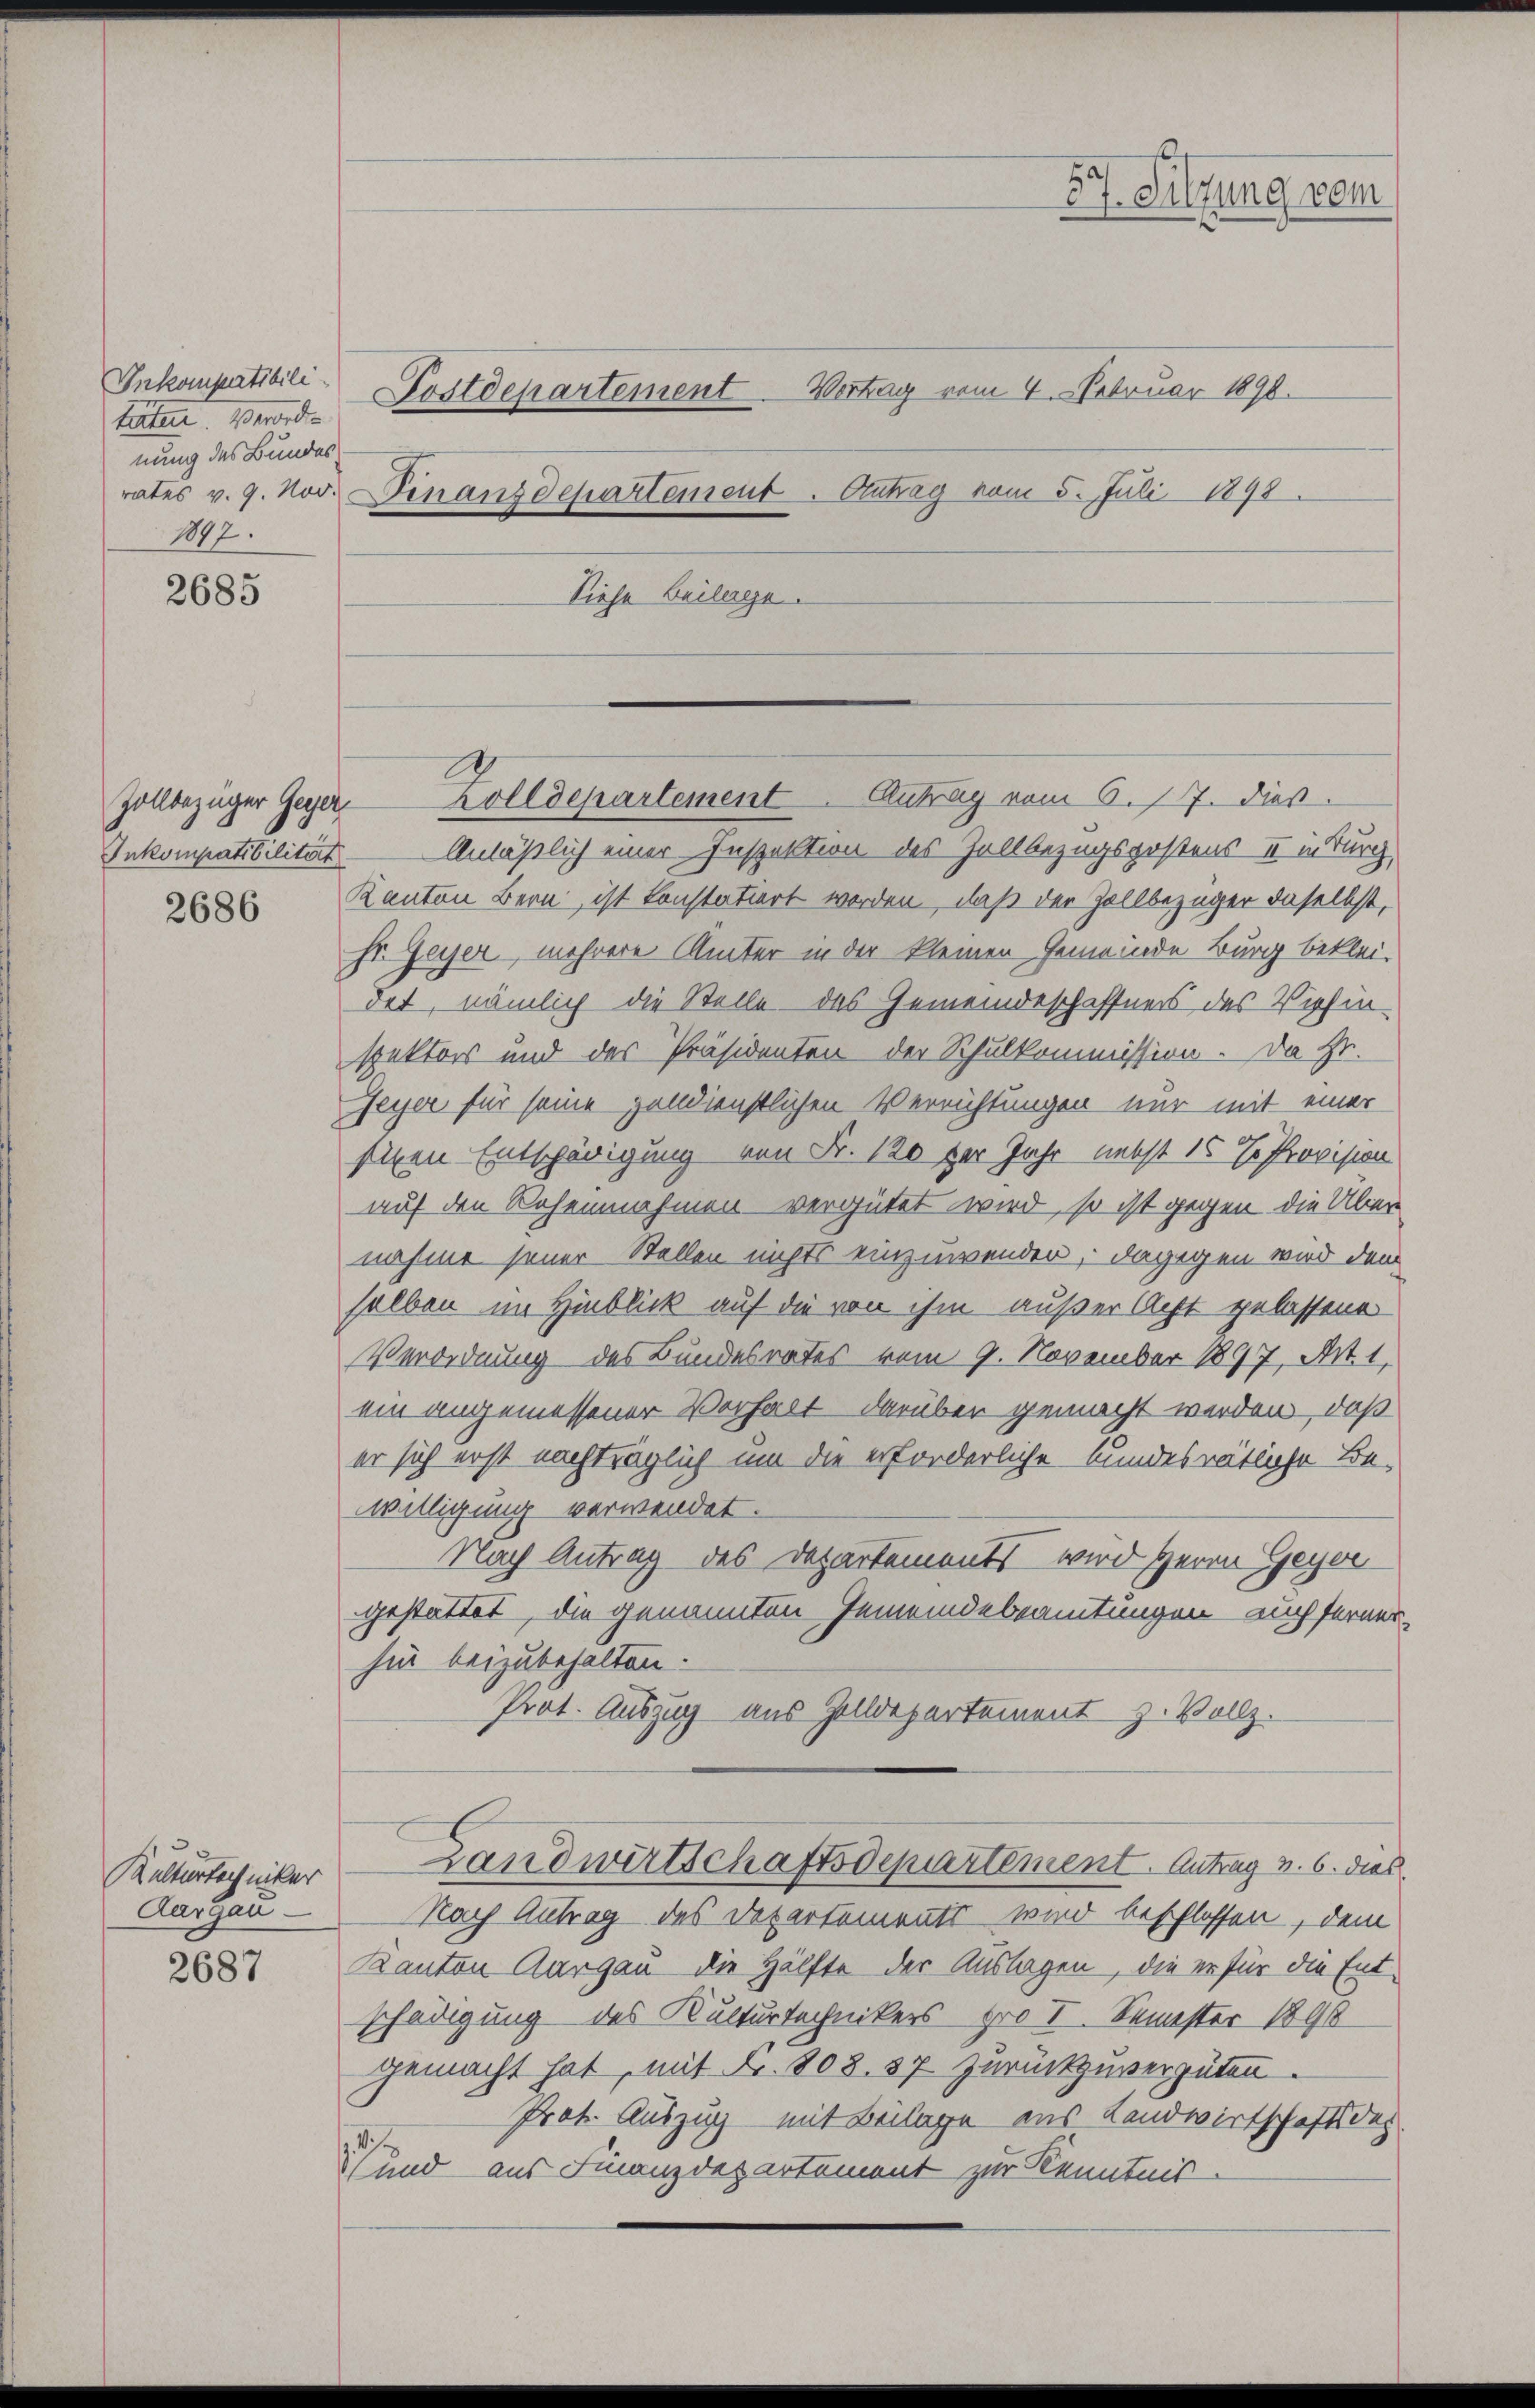
Inkompatibili
täten. Verorde
nung des Bundes
1897.

2685

Zollbezüger Gegen
Inkompatibilitärt

2686

Kulturtechniker
Aargau

2687

87. Sitzung vom
Vortrag vom 4. Februar 1890.
Fostdepartement
Antrag vom 5. Juli 1898.
rates v. 9. Nov. Finanzdepartement
Siehe Beilage.

Zolldepartement. Antrag vom 6. 17. dies.
Anläßlich einer Inspektion des Zollbezugspostens II in durch
Kanton Bern, ist konstatiert werden, daß der Zollbezüger daselbst,
sr. Zeyer, mehrere Ämter in der kleinen Gemeinde Burg beklei-
det, nämlich die Stelle des Gemeindeschaffners des Viehinspektors und des Präsidenten der Schulkommission. Da Hr.
eyer für seine pendienstlichen Verrichtungen nur mit einer
sigen Entschädigung von Fr. 120 per Jahr nebst 15 % Provision
auf den Rohennahmen - vergütet wird, so ist gegen die Über
nahme seiner Stellen nichts einzuwenden, dagegen wird dem
selben im Hinblick auf die von ihm außer Acht gelassene
Verordnung des Bundesrates vom 9. November 1897, Art. 1,
ein angemessener Verhalt darüber gemacht werden, daß
er sich erst nachträglich um die erforderliche kundesrätliche Be-
willigung verwendet.
Nach Antrag des Departements wird Herrn Geyer
gestattet, die genannten Gemeindebeamtungen auch ferner
hin beizubehalten.
Prot. Auszug aus Zolldepartement z. Vollz
Landwirtschaftsdepartement. Antrag u. 6. dies
Nach Antrag des Departements wird beschlossen, dem
Kanton Aargau die Hälfte der Auslagen, die er für die Entschädigung des Kulturtechnikers pro I. Semester 1898
gemacht hat, mit Fr. 808. 37 zurückzuvergüten.
Prot. Auszug mit Beilage aus Landwirtschaftsdes
 und aus Finanzdepartement zur Kenntnis